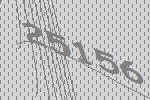
25156